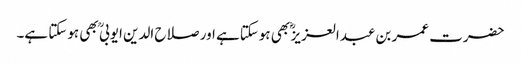
حضرت عمر بن عبدالعزیز ؓ بھی ہوسکتاہے اور صلاح الدین ایوبی ؒ بھی ہوسکتا ہے۔